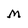
Character: M